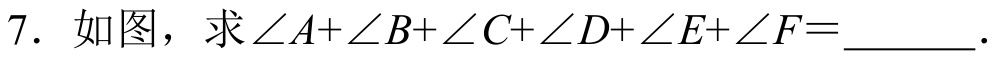
7. 如图，求$\angle A+\angle B+\angle C+\angle D+\angle E+\angle F =$  ．